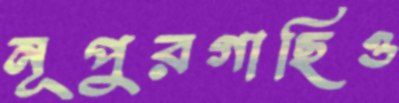
নূপুরগাছিও